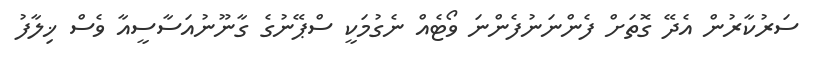
ސަރުކާރުން އެދޭ ގޮތަށް ފެންނަނުފެންނަ ވޯޓެއް ނެގުމަކީ ސްޕޭނުގެ ގާނޫނުއަސާސީއާ ވެސް ޚިލާފު